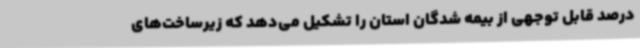
درصد قابل توجهی از بیمه شدگان استان را تشکیل می‌دهد که زیرساخت‌های